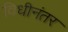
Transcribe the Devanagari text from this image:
विधीनंतर